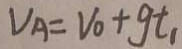
V _ { A } = V _ { 0 } + g t _ { 1 }